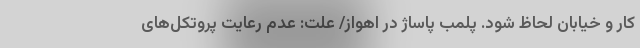
کار و خیابان لحاظ شود. پلمب پاساژ در اهواز/ علت: عدم رعایت پروتکل‌های